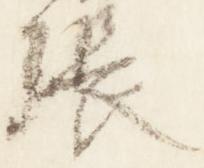
張